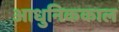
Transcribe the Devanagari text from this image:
आधुनिककाल